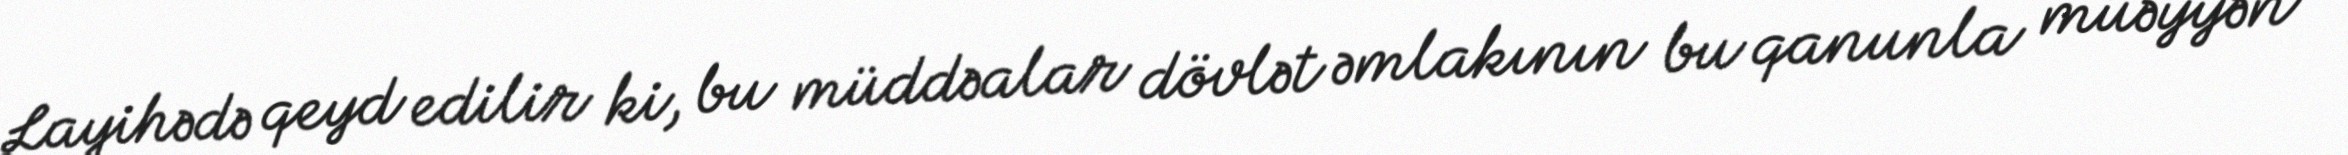
Layihədə qeyd edilir ki, bu müddəalar dövlət əmlakının bu qanunla müəyyən